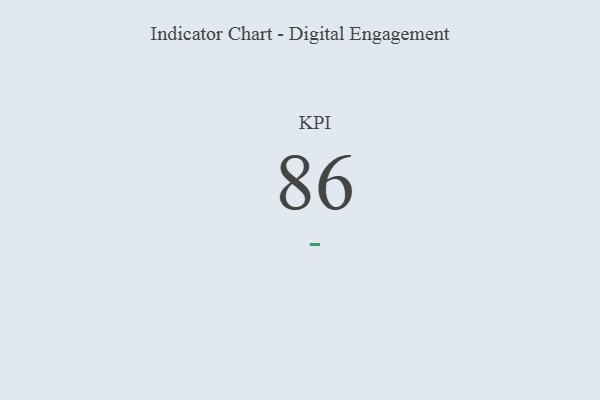
{"axis": {"x": "KPI", "y": "Value"}, "legend": [""], "data": [{"x": "KPI", "y": 86, "type": ""}]}